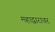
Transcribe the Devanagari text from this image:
महाद्वारावर